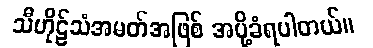
သီဟိုဠ်သံအမတ်အဖြစ် အပို့ခံရပါတယ်။